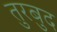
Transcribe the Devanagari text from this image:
तुरबुद